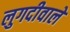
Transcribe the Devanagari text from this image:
लुगदीवाले